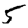
Digit: 5